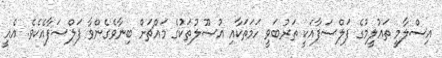
އިސްލާމީ ތަޢުލީމުގެ ފަލްސަފާއަކީ ތަރުބަވީ ހަމަތަކާއި އުޞޫލުތަކުގެ މައްޗަށް ބިނާވެގެންވާ ފަލްސަފާއެކެވެ. އެއީ